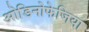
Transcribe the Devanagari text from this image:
ओडिनोफेजिया